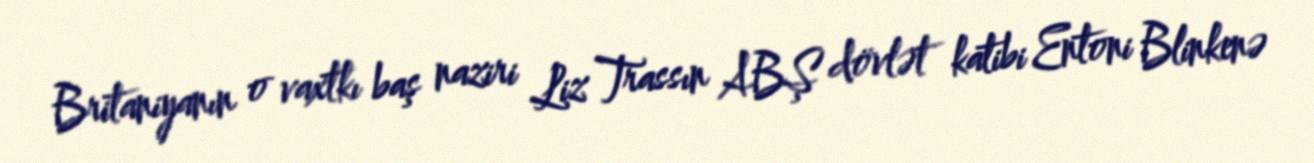
Britaniyanın o vaxtkı baş naziri Liz Trassın ABŞ dövlət katibi Entoni Blinkenə